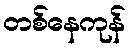
တစ်နေကုန်